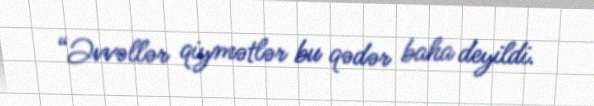
“Əvvəllər qiymətlər bu qədər baha deyildi.